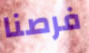
فرصنا